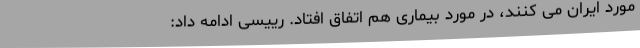
مورد ایران می کنند، در مورد بیماری هم اتفاق افتاد. رییسی ادامه داد: